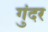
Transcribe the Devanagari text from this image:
गुंदर